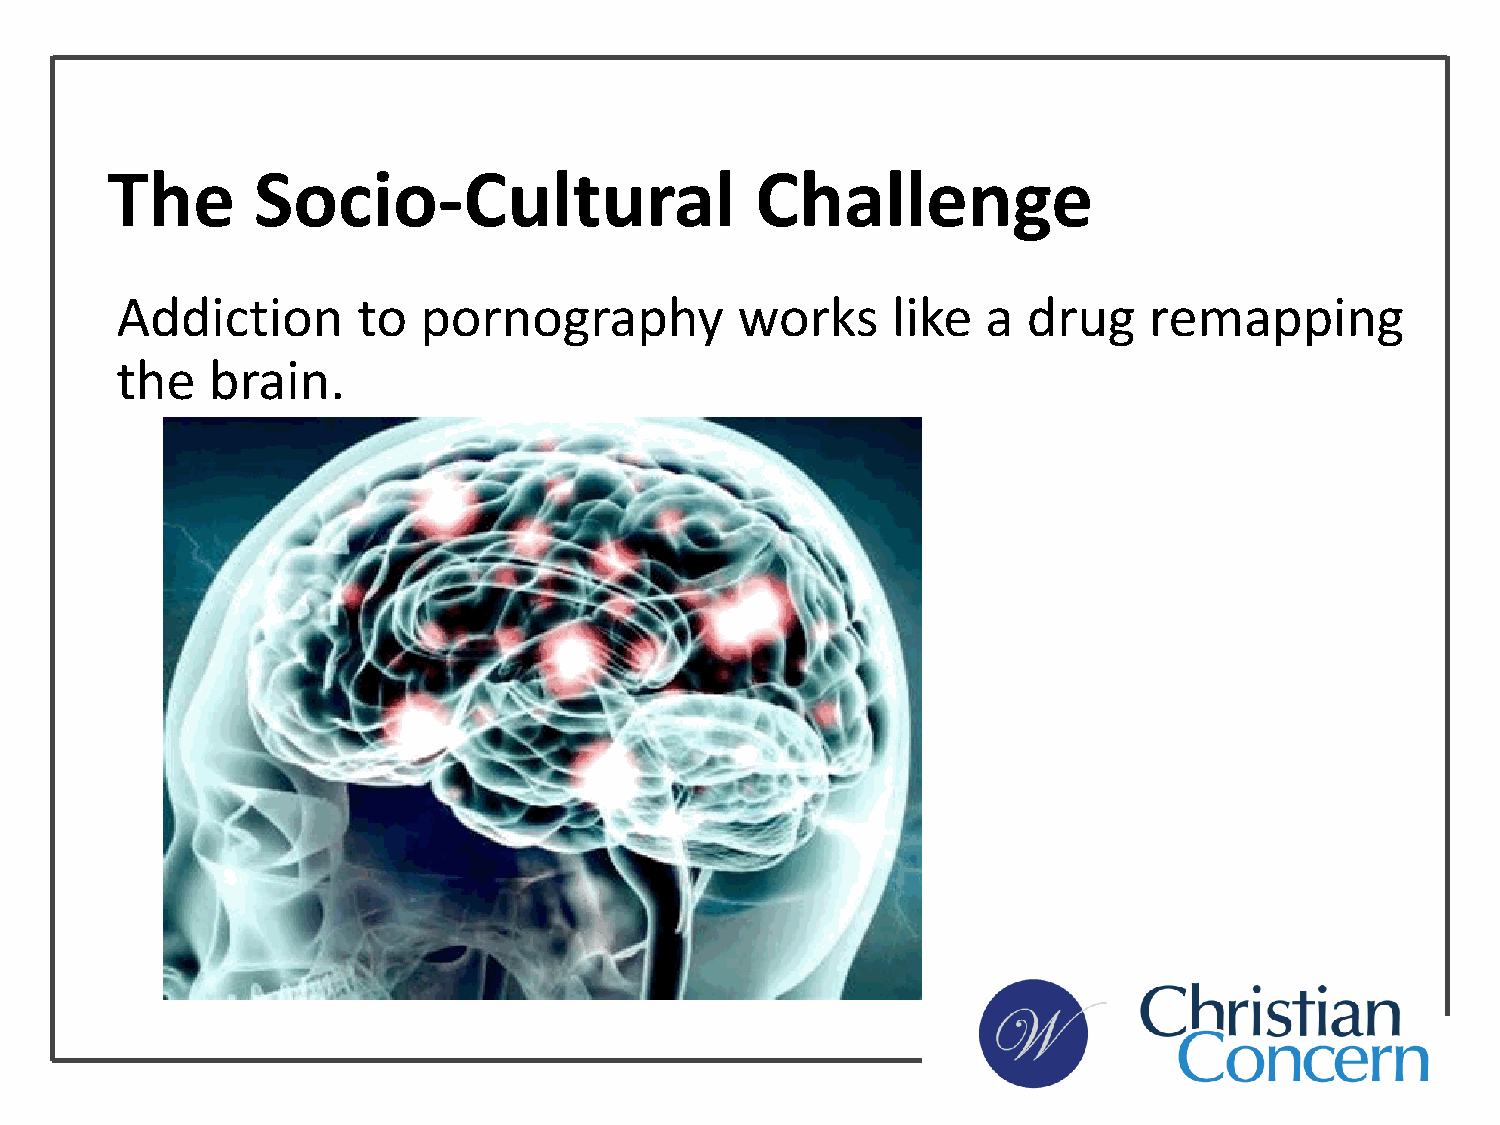
The       Socio-Cultural                   Challenge
 Addiction       to  pornography          works     like  a  drug    remapping
 the   brain.